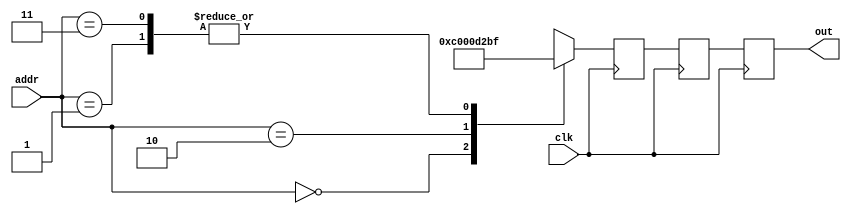
module D16_31184(addr, out, clk);
   input clk;
   output [15:0] out;
   reg [15:0] out, out2, out3;
   input [1:0] addr;
   always @(posedge clk) begin
      out2 <= out3;
      out <= out2;
   case(addr)
      0: out3 <= 16'h0;
      1: out3 <= 16'hd2bf;
      2: out3 <= 16'hc000;
      3: out3 <= 16'hd2bf;
      default: out3 <= 0;
   endcase
   end
endmodule